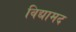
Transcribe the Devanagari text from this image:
विद्यामद